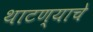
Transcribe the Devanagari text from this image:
थाटण्याचे